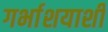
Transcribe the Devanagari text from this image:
गर्भाशयाशी